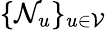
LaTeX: \{ \mathcal{N}_{u}\} _{u\in\mathcal{V}}